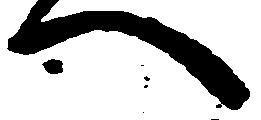
へ